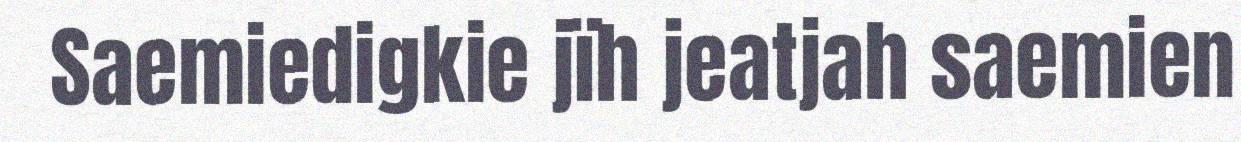
Saemiedigkie jïh jeatjah saemien